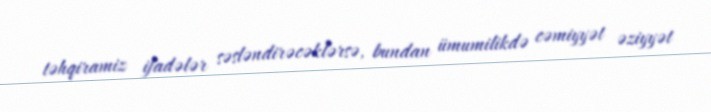
təhqiramiz ifadələr səsləndirəcəklərsə, bundan ümumilikdə cəmiyyət əziyyət